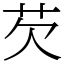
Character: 芡